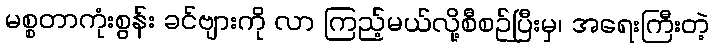
မစ္စတာကုံးစွန်း ခင်ဗျားကို လာ ကြည့်မယ်လို့စီစဉ်ပြီးမှ၊ အရေးကြီးတဲ့